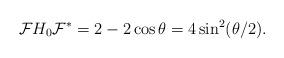
LaTeX: \begin{align*}\mathcal FH_0\mathcal F^*=2-2\cos\theta=4\sin^2(\theta/2).\end{align*}